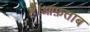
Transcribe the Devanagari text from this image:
हैं।आफ़ताब